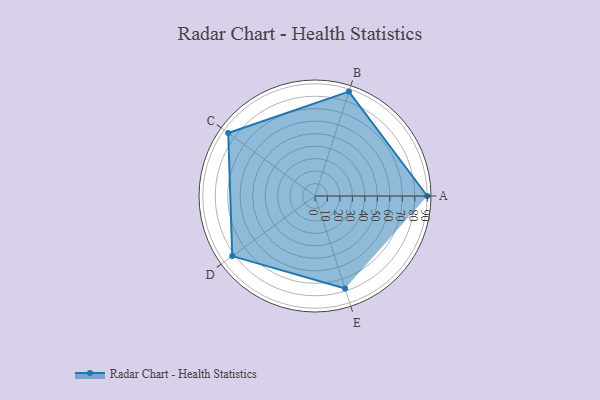
{"axis": {"x": "Skill", "y": "Score"}, "legend": ["Profile"], "data": [{"x": "A", "y": 90.0, "type": "Profile"}, {"x": "B", "y": 88.0, "type": "Profile"}, {"x": "C", "y": 86.0, "type": "Profile"}, {"x": "D", "y": 82.0, "type": "Profile"}, {"x": "E", "y": 78.0, "type": "Profile"}]}